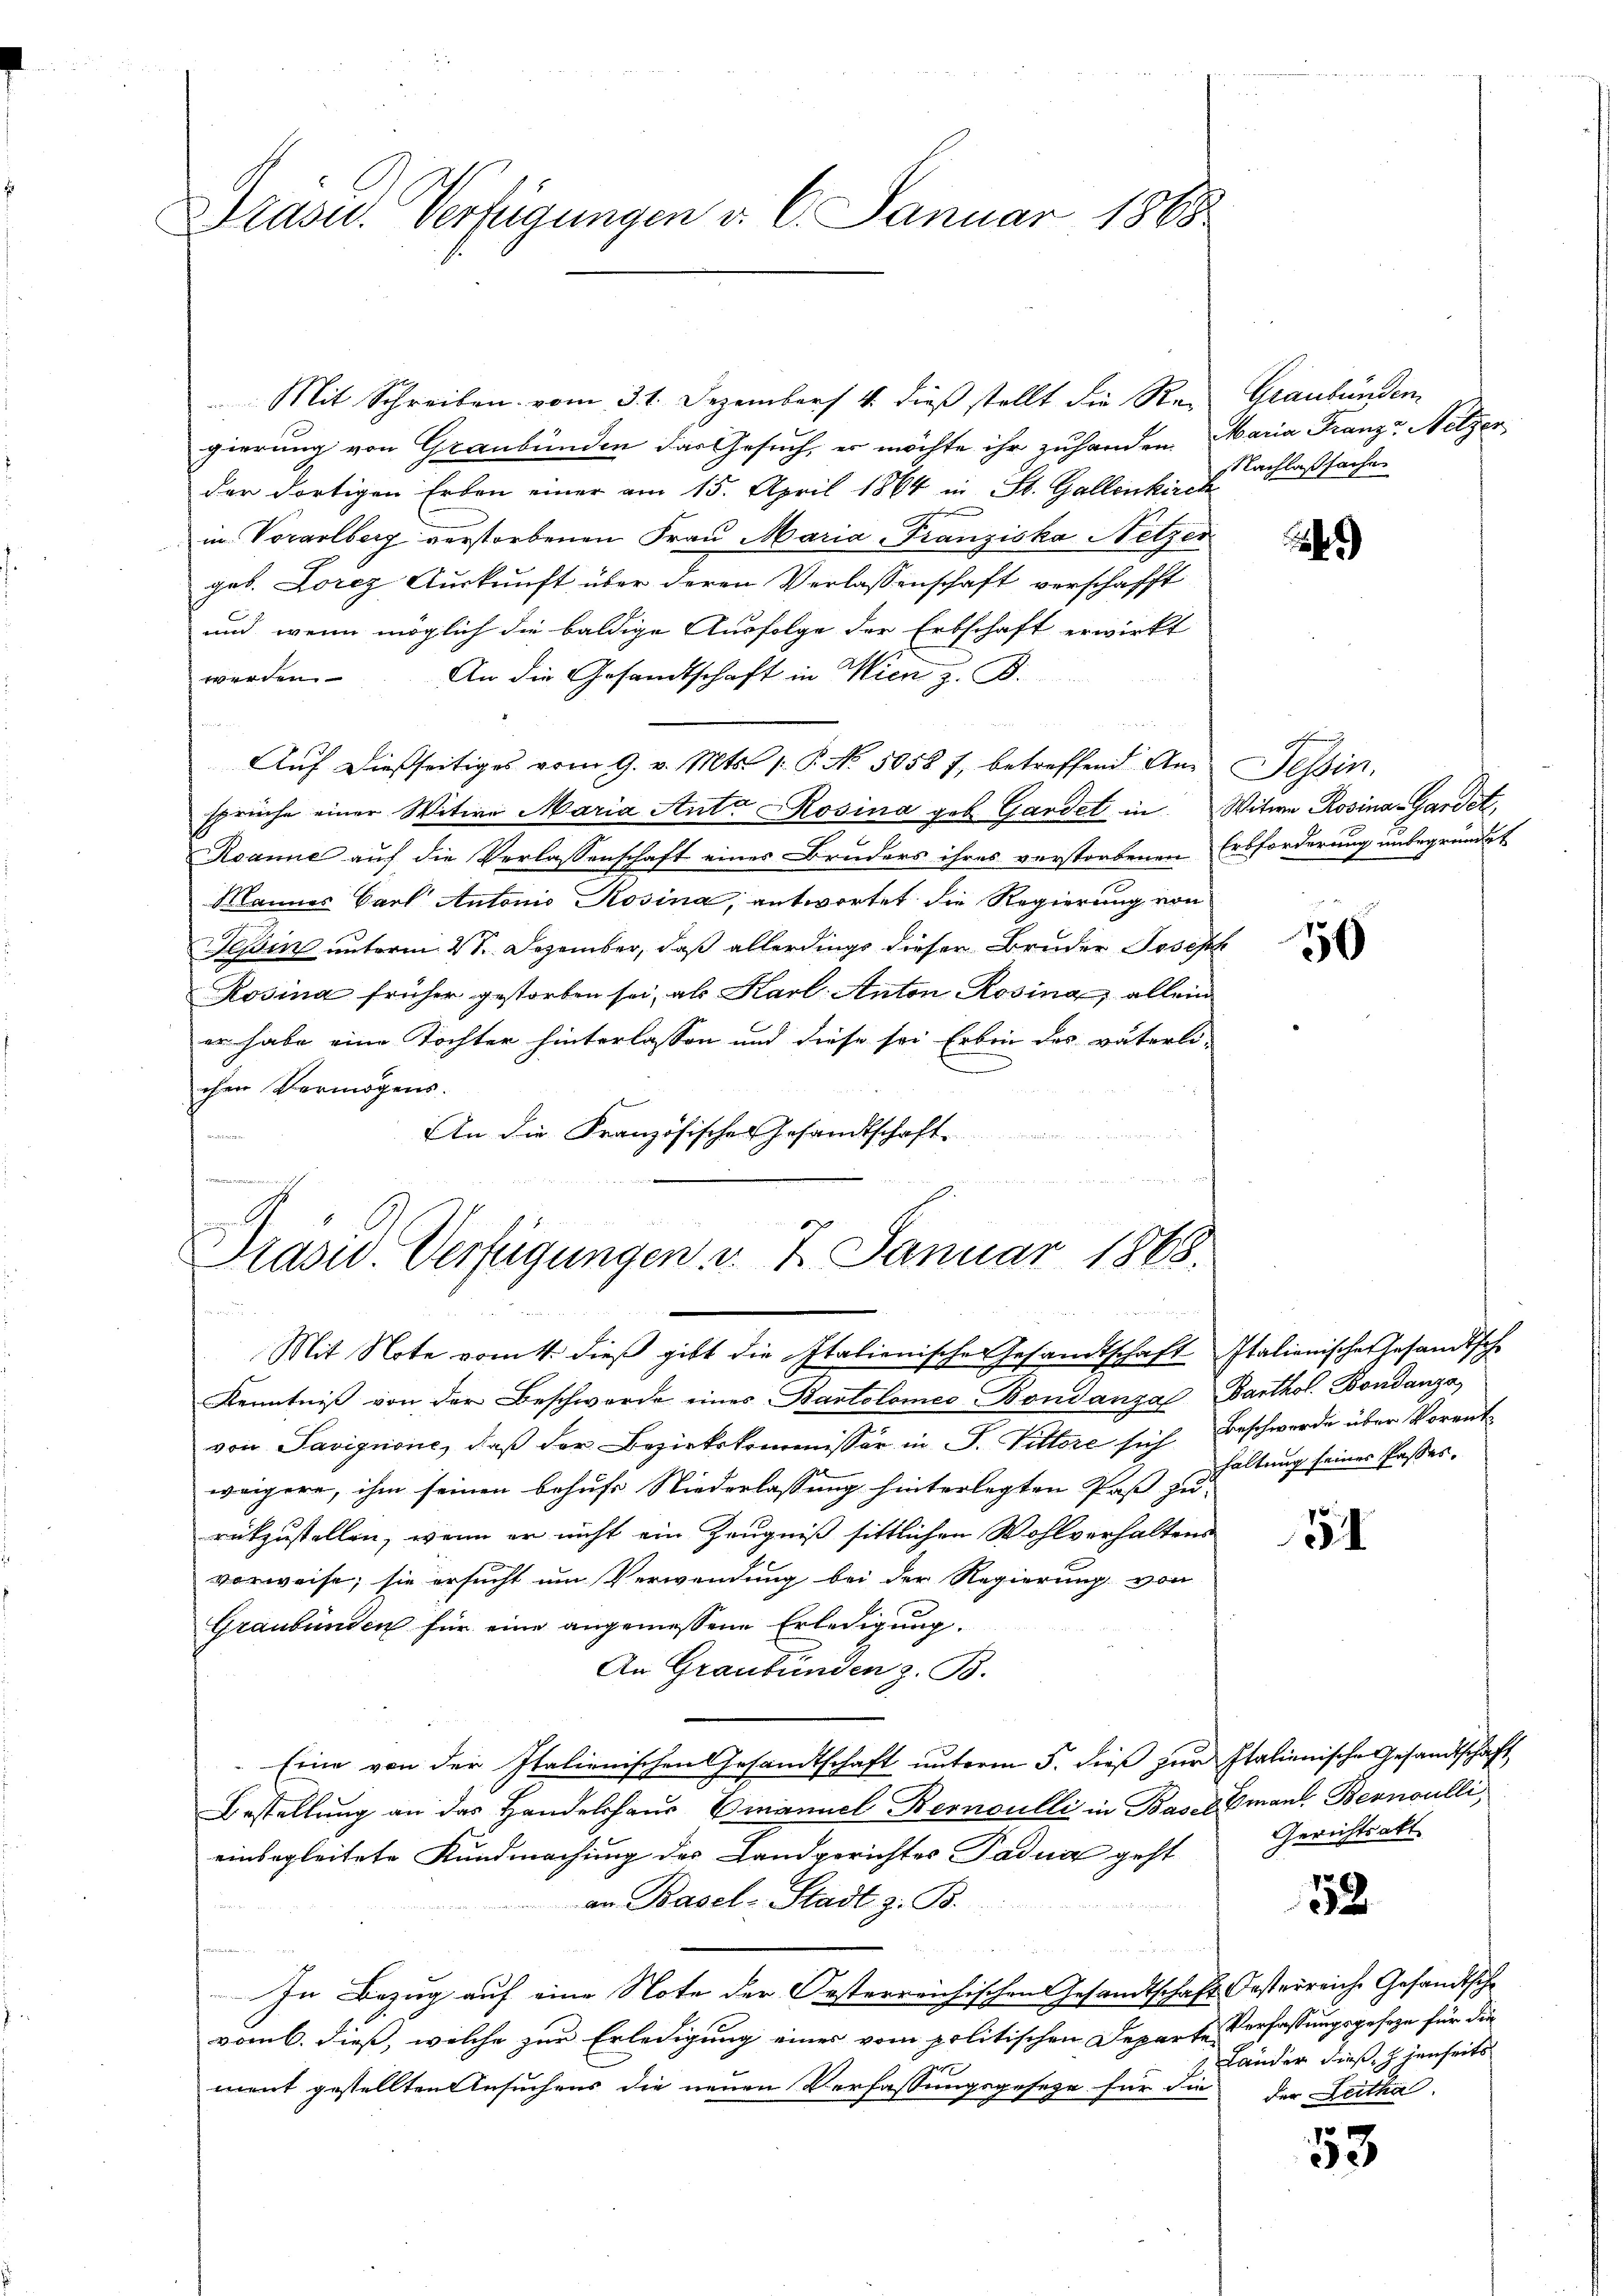
Präsid.. Verfügungen d. 6. Januar 1865.

Mit Schreiben vom 31. Dezember 4. dieß stellt die Re-
gierung von Graubünden das Gesuch, er möchte ihr zuhanden Maria Franz Nelzer
der dortigen Erben einer am 15. April 1864 in St. Gallenkirch
in Vorarlberg verstorbenen Frau Maria-Franziska Netzer
geb. Lorez Auskunft über deren Verlassenschaft verschafft
und wenn möglich die baldige Ausfolge der Erbschaft erwirkt
werden. An die Gesandtschaft in Wien z. B.
Aŭf dießseitiges vom 9. v. Mts. 1. P. No. 5058 f. betreffend An- Tessin,
sprüche einer Witwe Maria Ant. Rosina geb. Gardet in Witwe Rosina-Gardet,
Rsanne auf die Verlassenschaft eines Bruders ihres verstorbenen Erbforderung unbegründet
Mannes Carl Antonio Rosina, antwortet die Regierung von
Teßin unterm 2ten Dezember, daß allerdings dieser Bruder Joseph
Rosina früher gestorben sei, als Karl Anton Rosina allein
er habe eine Tochter hinterlassen und diese sei Erben des väterli-
chen Vermögens.
An die Französisches Gesandtschaft
r
 terren
Präsid.. Verfügungen v. 7. Januar 1868.

Mit Note vom 4. dieß gibt die Italienische Gesandtschaft Italienisches Gesandtsche

Kenntniβ von der Beschwerde eines Kartolomeo Bondanza Barthol. Bondanza
von Savignone, daß der Bezirkskommissär in J. Pittore sich Beschwerde über Vorentweigere, ihm seinen behufs Niederlassung hinterlegten Paß zu
rückzustellen, wenn er nicht ein Zeugniß sittlichen Wohlverhaltens
vorweise; sie ersucht um Verwendung bei der Regierung von
Graubünden für eine angemessene Erledigung.
An Graubünden z. B.
Eine von der Italienischen Gesandtschaft unterm 5. dieß zur Italienische Gesandtschaft
Bestellung an das Handelshaus Emanuel Kernoulli in Basel Eman. Bernoulli
einbegleitete Kundmachung des Landgerichtes Padua geht
an Basel-Stadt z. B.
u
In Bezug auf eine Note der Oesterreichischen Gesandtschaft Oesterreiche Gesandtsche
vom 6. dieß, welche zur Erledigung einer vom politischen Departe
ment gestellten Ansuchens die neuen Verfassungsgeseze für die der Seitha-

Graubünden
Nachlaßsache

)

50

haltung seiner Passes.

31

Gerichtsakt

58

53

Verfassungsgeseze für die
Länder dieß, h. jenseits